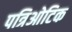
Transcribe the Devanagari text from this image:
पत्रिओटिक